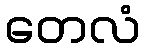
တေလံ